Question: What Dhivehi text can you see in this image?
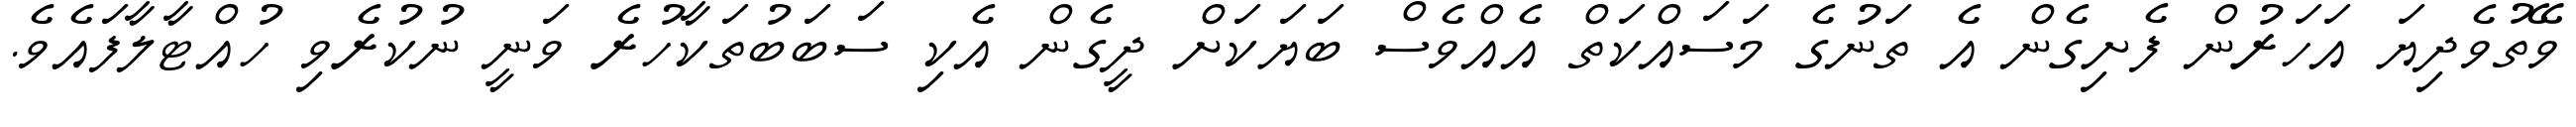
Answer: ވޭތުވެދިޔަ އަހަރުން ފެށިގެން އެ ތަނުގެ މަސައްކަތް އެއްވެސް ބަޔަކަށް ދީގެން އެކި ސަބަބުތަކާހުރެ ވަނީ ނުކުރެވި ހުއްޓާލާފައެވެ.